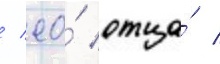
/ ео́ отца́ /